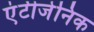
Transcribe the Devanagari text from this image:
एंटीजेनिक